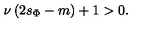
\nu \left( 2 s _ { \Phi } - m \right) + 1 > 0 .